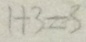
1 + 3 = 3